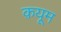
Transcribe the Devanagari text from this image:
क़यूम